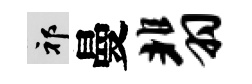
祁曼翡